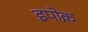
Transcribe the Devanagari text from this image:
इपोक़